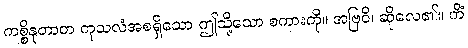
ကစ္စိနုတာတ ကုသလံအစရှိသော ဤသို့သော စကားကို။ အဗြဝိ၊ ဆိုလေ၏။ ကိံ